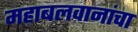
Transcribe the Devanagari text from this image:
महाबलवानांचा